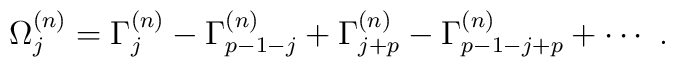
\Omega_j^{(n)}=\Gamma_j^{(n)}-\Gamma_{p-1-j}^{(n)}+\Gamma_{j+p}^{(n)}               -\Gamma_{p-1-j+p}^{(n)}+\cdots~.